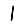
Digit: 1